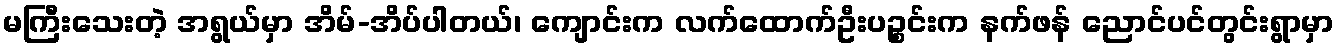
မကြီးသေးတဲ့ အရွယ်မှာ အိမ်-အိပ်ပါတယ်၊ ကျောင်းက လက်ထောက်ဦးပဉ္စင်းက နက်ဖန် ညောင်ပင်တွင်းရွာမှာ